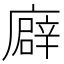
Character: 廦